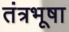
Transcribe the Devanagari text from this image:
तंत्रभूषा